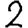
Digit: 2